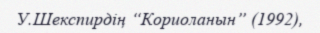
У.Шекспирдің “Кориоланын” (1992),